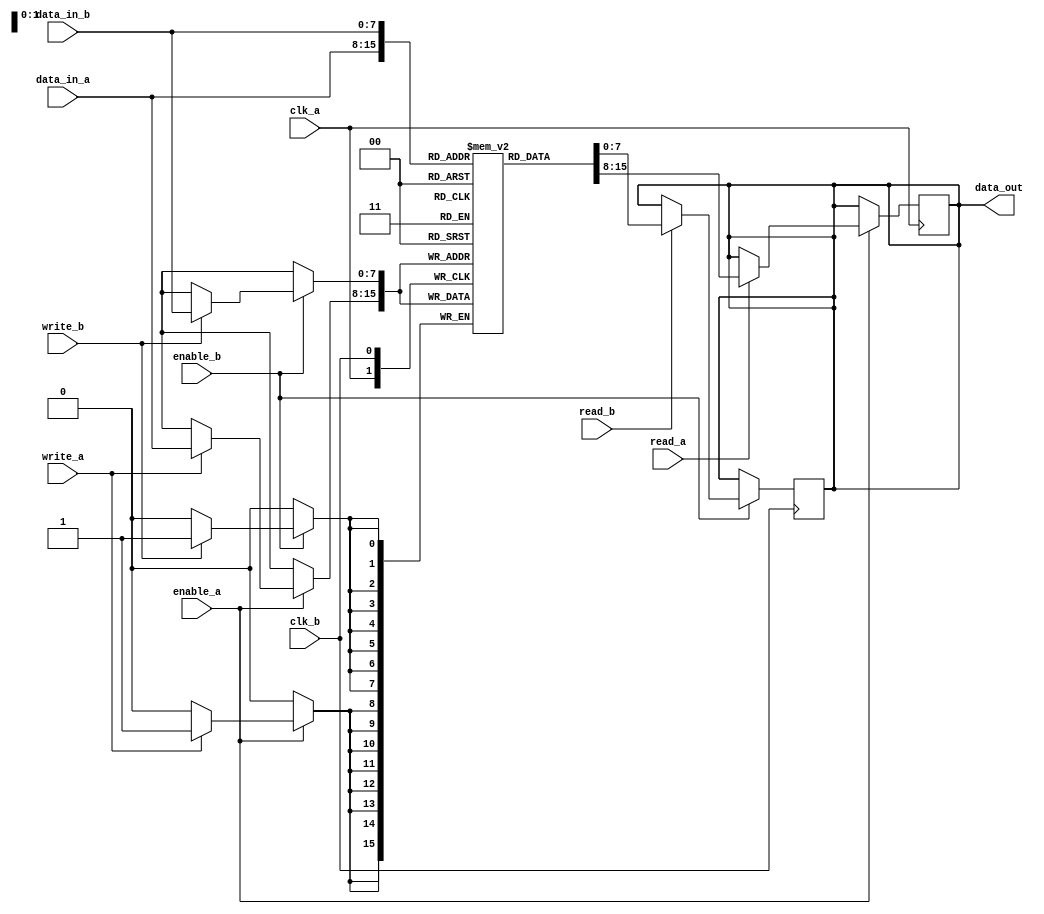
module memory_block(
    input wire clk_a,           // Clock domain A
    input wire clk_b,           // Clock domain B
    input wire enable_a,        // Enable signal for memory block in clock domain A
    input wire enable_b,        // Enable signal for memory block in clock domain B
    input wire [7:0] data_in_a, // Data input for clock domain A
    input wire [7:0] data_in_b, // Data input for clock domain B
    output reg [7:0] data_out,   // Data output
    input wire read_a,          // Read signal for clock domain A
    input wire read_b,          // Read signal for clock domain B
    input wire write_a,         // Write signal for clock domain A
    input wire write_b          // Write signal for clock domain B
);

    reg [7:0] memory [0:255]; // 256 x 8-bit memory

    // Clock domain A operations
    always @(posedge clk_a) begin
        if (enable_a) begin
            if (write_a) begin
                memory[data_in_a[7:0]] <= data_in_a; // Write data
            end
            if (read_a) begin
                data_out <= memory[data_in_a[7:0]]; // Read data
            end
        end
    end

    // Clock domain B operations
    always @(posedge clk_b) begin
        if (enable_b) begin
            if (write_b) begin
                memory[data_in_b[7:0]] <= data_in_b; // Write data
            end
            if (read_b) begin
                data_out <= memory[data_in_b[7:0]]; // Read data
            end
        end
    end
endmodule